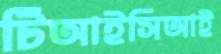
টিআইসিআই